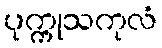
ပုက္ကုသကုလံ